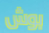
بوش